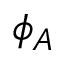
\phi _ { A }